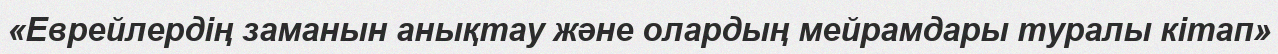
«Еврейлердің заманын анықтау және олардың мейрамдары туралы кітап»